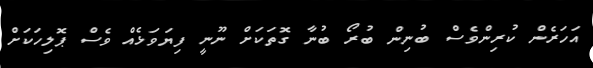
އަހަރެން ކުރިންވެސް ބުނިން ބުރޯ ބުނާ ގޮތަކަށް ނޫނީ ފިޔަވަޅެއް ވެސް ޕޮލިހަކަށް